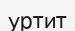
уртит